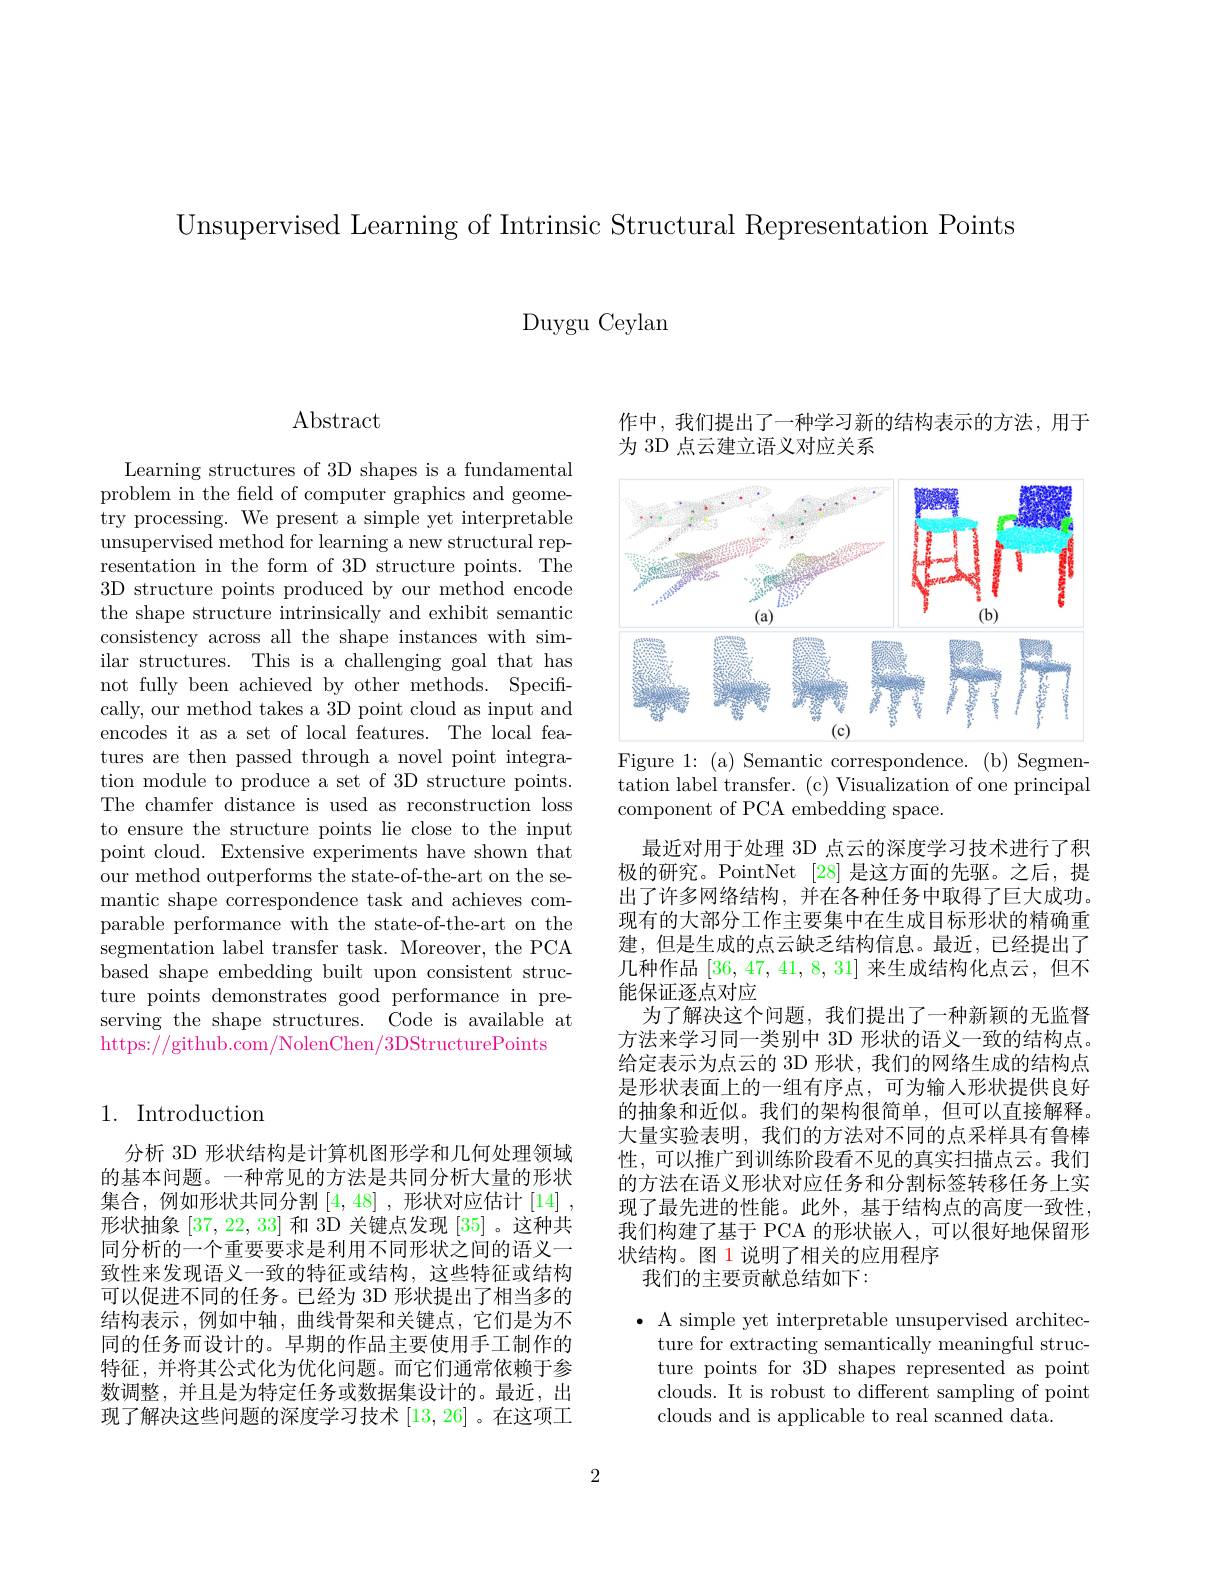
Unsupervised Learning of Intrinsic Structural Representation Points

Duygu Ceylan

## Abstract

Learning structures of 3D shapes is a fundamental problem in the field of computer graphics and geometry processing. We present a simple yet interpretable unsupervised method for learning a new structural representation in the form of 3D structure points. The 3D structure points produced by our method encode the shape structure intrinsically and exhibit semantic consistency across all the shape instances with similar structures. This is a challenging goal that has not fully been achieved by other methods. Specifically, our method takes a 3D point cloud as input and encodes it as a set of local features. The local features are then passed through a novel point integration module to produce a set of 3D structure points. The chamfer distance is used as reconstruction loss to ensure the structure points lie close to the input point cloud. Extensive experiments have shown that our method outperforms the state-of-the-art on the semantic shape correspondence task and achieves comparable performance with the state-of-the-art on the $\dot{\text{segmentation label transfer task. Moreover, the PCA}}$ based shape embedding built upon consistent structure points demonstrates good performance in preserving the shape structures. Code is available at https://github.com/NolenChen/3DStructurePoints

# 1. Introduction

分析 3D 形状结构是计算机图形学和几何处理领域的基本问题。一种常见的方法是共同分析大量的形状集合，例如形状共同分割$\left[4,48\right]$,形状对应估计$\left[14\right]$, 形状抽象[37,22,33]和 3D 关键点发现 [35]。这种共同分析的一个重要要求是利用不同形状之间的语义一致性来发现语义一致的特征或结构，这些特征或结构可以促进不同的任务。已经为 3D 形状提出了相当多的结构表示，例如中轴，曲线骨架和关键点，它们是为不同的任务而设计的。早期的作品主要使用手工制作的特征，并将其公式化为优化问题。而它们通常依赖于参数调整，并且是为特定任务或数据集设计的。最近，出现了解决这些问题的深度学习技术[13,26] 。在这项工

作中，我们提出了一种学习新的结构表示的方法，用于
为 3D 点云建立语义对应关系

<FigureHere>
Figure 1: (a) Semantic correspondence. (b) Segmen-

tation label transfer. (c) Visualization of one principal
component of PCA embedding space.

最近对用于处理 3D 点云的深度学习技术进行了积极的研究。PointNet [28]是这方面的先驱。之后，提出了许多网络结构，并在各种任务中取得了巨大成功。现有的大部分工作主要集中在生成目标形状的精确重建，但是生成的点云缺乏结构信息。最近，已经提出了几种作品[36,47,41,8,31]来生成结构化点云，但不能保证逐点对应
为了解决这个问题，我们提出了一种新颖的无监督方法来学习同一类别中 3D 形状的语义一致的结构点。给定表示为点云的 3D 形状，我们的网络生成的结构点是形状表面上的一组有序点，可为输人形状提供良好的抽象和近似。我们的架构很简单，但可以直接解释。大量实验表明，我们的方法对不同的点采样具有鲁棒性，可以推广到训练阶段看不见的真实扫描点云。我们的方法在语义形状对应任务和分割标签转移任务上实现了最先进的性能。此外，基于结构点的高度一致性， 我们构建了基于 PCA 的形状嵌人，可以很好地保留形状结构。图 1 说明了相关的应用程序
我们的主要贡献总结如下：

$\bullet$ A simple yet interpretable unsupervised architec-
ture for extracting semantically meaningful structure points for 3D shapes represented as point clouds. It is robust to different sampling of point clouds and is applicable to real scanned data.

2